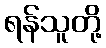
ရန်သူတို့